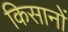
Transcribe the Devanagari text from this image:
किसानोें